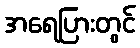
အရေပြားတွင်